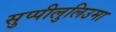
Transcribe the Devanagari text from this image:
सुप्पीलुलिउमा